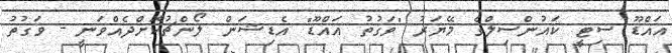
އައްޑޫ ސިޓީ ކައުންސިލްގެ މޭޔަރު "ވަގުތު އައްޑޫ" އެޑިޝަން ލޯންޗުކޮށްދެއްވަނީ - ވަގުތު